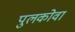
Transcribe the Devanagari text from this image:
पुलकोवा